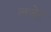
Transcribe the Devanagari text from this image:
लजेट